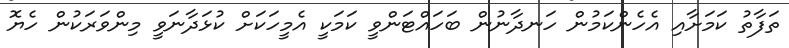
ތަފާތު ކަމަށާއި އެހެންކަމުން ހަނދާނުން ބަހައްޓަންވީ ކަމަކީ އެމީހަކަށް ކުޅަދާނަވީ މިންވަރަކުން ހެޔޮ